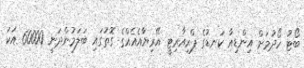
ބޯޓު ހޯދުމަށް އިންޑިއާ ކަނޑުގެ ޕްރިއާރިޓީ އޭރިޔާއެއެއްގެ ގޮތުގައި ބަލަމުންދަނީ 60000 އަކަ